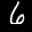
Label: 6